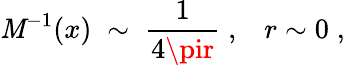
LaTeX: \mathit{M}^{-1}(x)\; \sim\; \frac{{1}}{{4\pir}}\; ,\; \; \; r\sim0\; ,